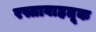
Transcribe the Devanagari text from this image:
रस्तावाहतूक